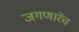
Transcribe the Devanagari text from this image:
जगणारेच